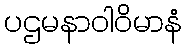
ပဌမနာဝါဝိမာနံ